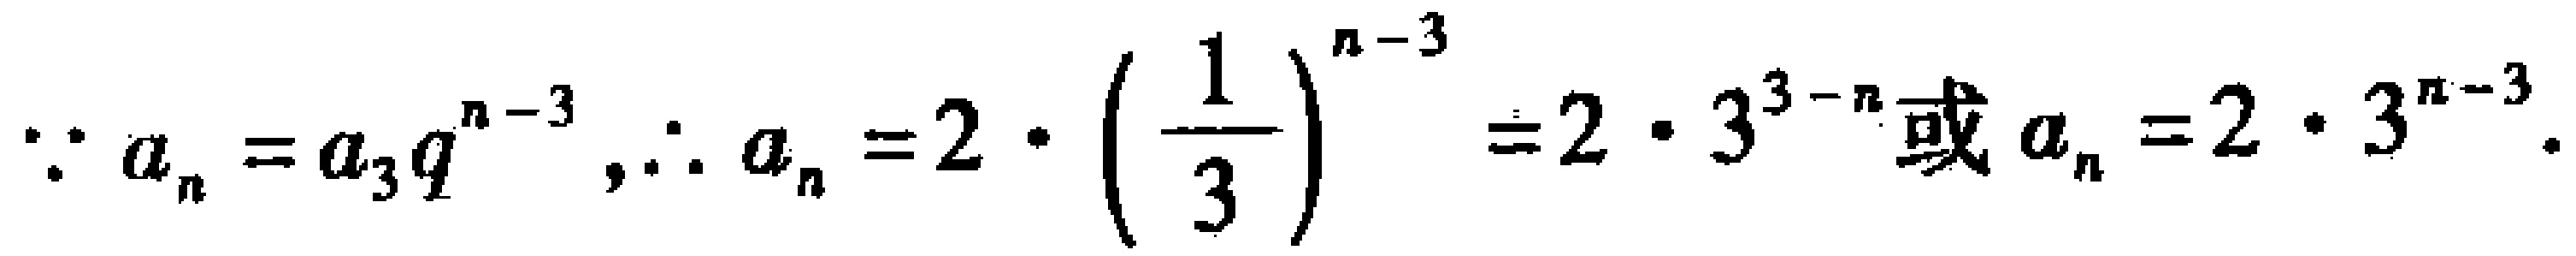
\(\because a_{n}=a_{3}q^{n - 3},\therefore a_{n}=2\cdot\left(\frac{1}{3}\right)^{n - 3}=2\cdot3^{3 - n}\text{或}a_{n}=2\cdot3^{n - 3}.\)